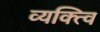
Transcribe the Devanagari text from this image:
व्यक्त्वि